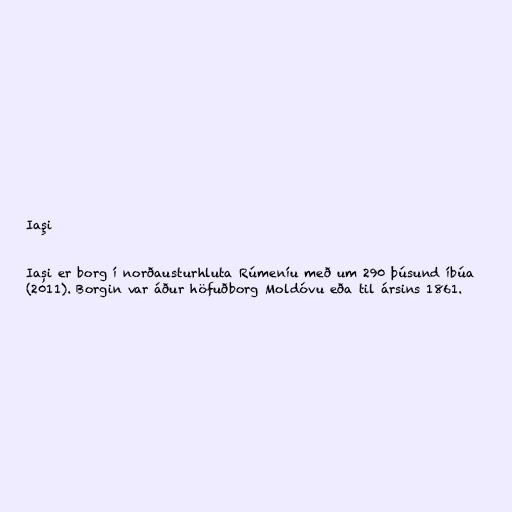
Iaşi

Iași er borg í norðausturhluta Rúmeníu með um 290 þúsund íbúa
(2011). Borgin var áður höfuðborg Moldóvu eða til ársins 1861.